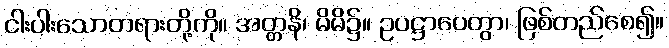
ငါးပါးသောတရားတို့ကို။ အတ္တနိ၊ မိမိ၌။ ဥပဋ္ဌာပေတွာ၊ ဖြစ်တည်စေ၍။